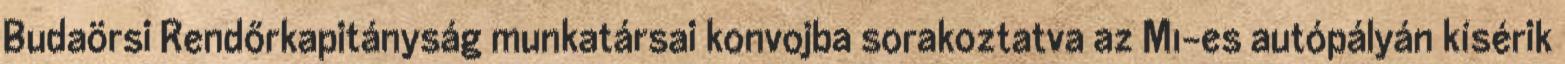
Budaörsi Rendőrkapitányság munkatársai konvojba sorakoztatva az M1-es autópályán kísérik